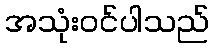
အသုံးဝင်ပါသည်